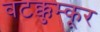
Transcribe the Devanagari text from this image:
वटक्कुम्कूर